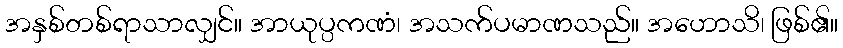
အနှစ်တစ်ရာသာလျှင်။ အာယုပ္ပကဏံ၊ အသက်ပမာဏသည်။ အဟောသိ၊ ဖြစ်၏။